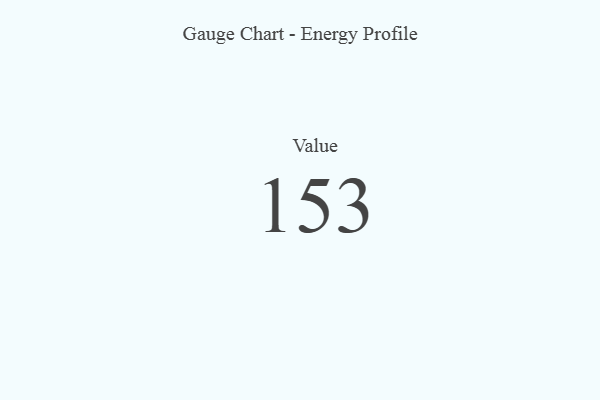
{"axis": {"x": "Metric", "y": "Value"}, "legend": [""], "data": [{"x": "Value", "y": 153, "type": ""}]}